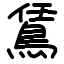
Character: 鵀